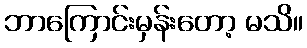
ဘာကြောင်းမှန်းတော့ မသိ။